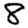
Digit: 8